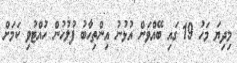
މިދިޔަ މަހު 19 ގައި ބޭއްވަން އުޅުނު އިންތިހާބު ފުލުހުން ހުއްޓުވި ކަމަށް